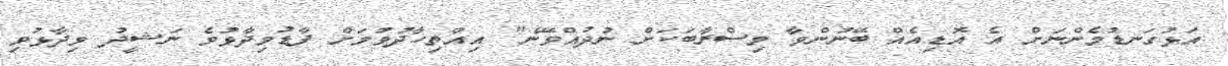
އަޅުގަނޑުމެންނަށް އެ އޮޑިއެއް ބޭނުންވާ މިސްރާބަކަށް ނުދުއްވޭނެ" އިއްތިހާދުވުމަށް ފާޑުވިދާޅުވެ ނަޝީދު ވިދާޅުވި